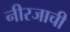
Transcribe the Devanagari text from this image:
नीरजाची